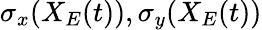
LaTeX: \sigma_{x}(X_{E}(t)),\sigma_{y}(X_{E}(t))